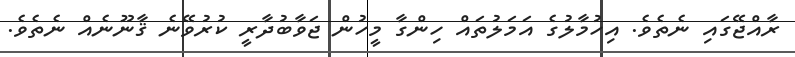
ރާއްޖޭގައި ނެެތެވެ. އިހުމާލުގެ އަމަލުތައް ހިންގާ މީހުން ޖަވާބުދާރީ ކުރުވޭނެ ޤާނޫނެއް ނެތެވެ.